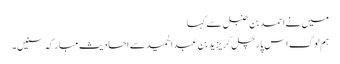
میں نے احمد بن حنبل سے کہا
ہم لوگ اس پار چل کر یزید بن عبدالحمید سے احادیثِ مبارکہ سنیں۔